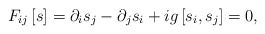
\begin{align*}F_{i j}\left[s\right] =\partial_{i}s_{j}-\partial_{j}s_{i}+ig\left[s_{i},s_{j}\right] = 0 ,\end{align*}